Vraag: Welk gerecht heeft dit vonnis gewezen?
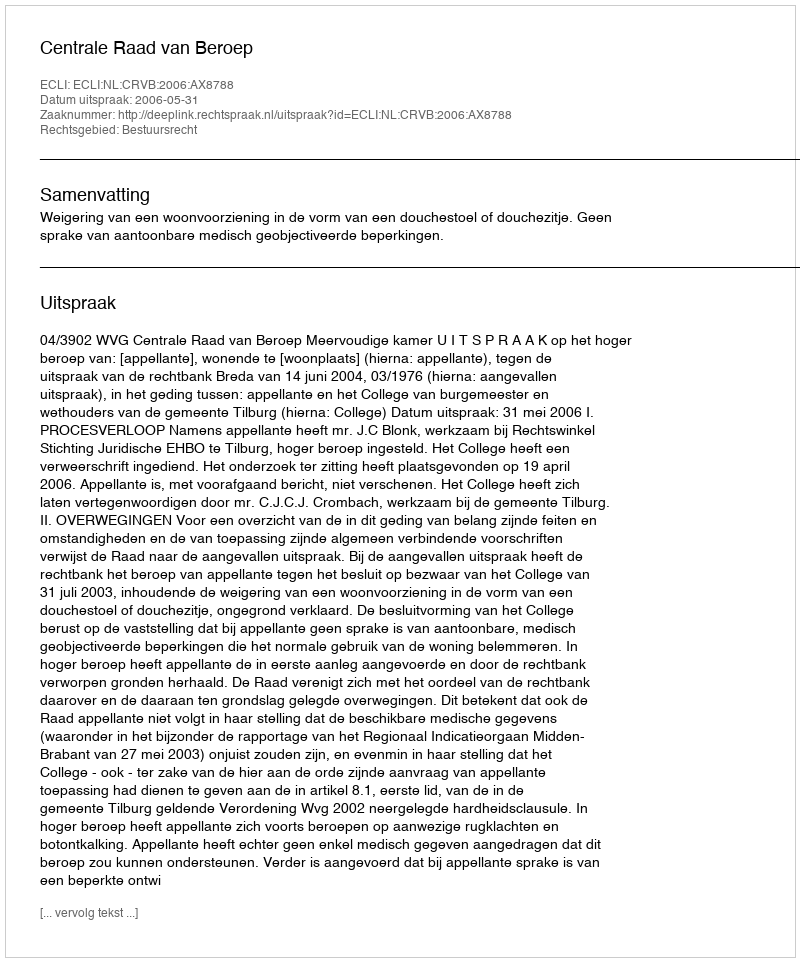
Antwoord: Centrale Raad van Beroep